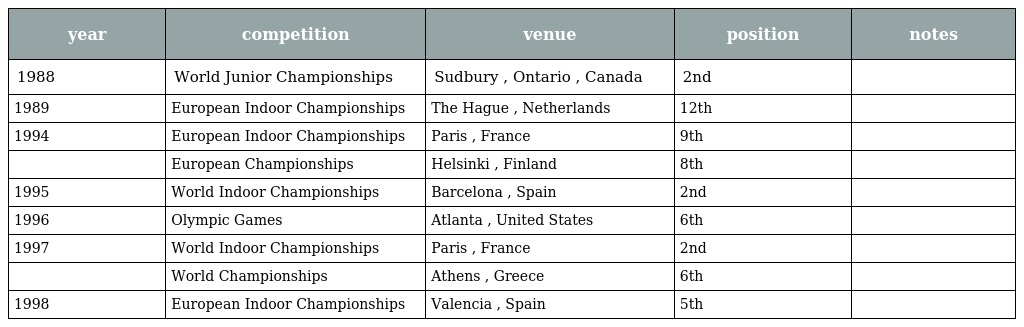
| year | competition | venue | position | notes |
 | --- | --- | --- | --- | --- |
 | 1988 | World Junior Championships | Sudbury , Ontario , Canada | 2nd |  |
 | 1989 | European Indoor Championships | The Hague , Netherlands | 12th |  |
 | 1994 | European Indoor Championships | Paris , France | 9th |  |
 |  | European Championships | Helsinki , Finland | 8th |  |
 | 1995 | World Indoor Championships | Barcelona , Spain | 2nd |  |
 | 1996 | Olympic Games | Atlanta , United States | 6th |  |
 | 1997 | World Indoor Championships | Paris , France | 2nd |  |
 |  | World Championships | Athens , Greece | 6th |  |
 | 1998 | European Indoor Championships | Valencia , Spain | 5th |  |